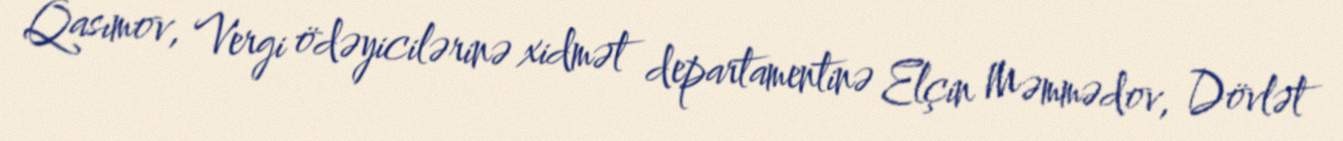
Qasımov, Vergi ödəyicilərinə xidmət departamentinə Elçin Məmmədov, Dövlət